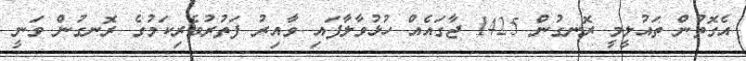
އެގޮތުން ތައުލީމީ ރޮނގުން 1425 ޖާގައެއް ހުޅުވާލާފައި ވާއިރު ފަތުރުވެރިކަމުގެ ރޮނގުން ވަނީ